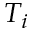
T _ { i }